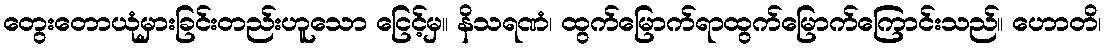
တွေးတောယုံမှားခြင်းတည်းဟူသော ငြေင့်မှ။ နိသရဏံ၊ ထွက်မြောက်ရာထွက်မြောက်ကြောင်းသည်။ ဟောတိ၊